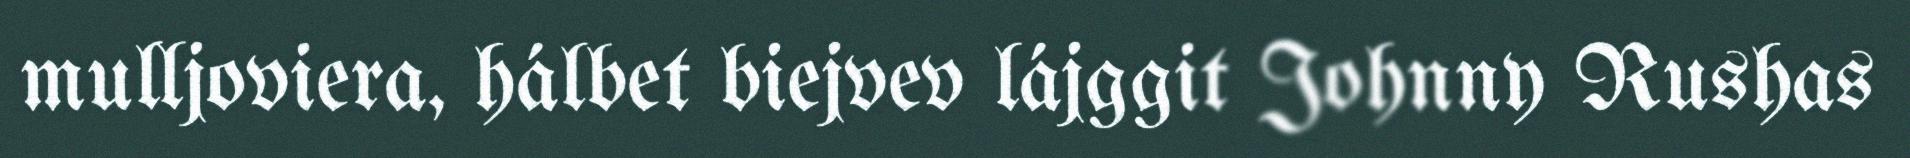
mulljoviera, hálbet biejvev lájggit Johnny Rushas